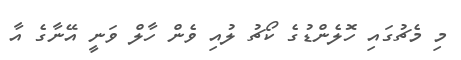
މި މެޗުގައި ހޮލެންޑުގެ ކޯޗު ލުއި ވެން ހާލް ވަނީ އޭނާގެ އާ